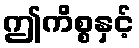
ဤကိစ္စနှင့်